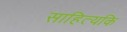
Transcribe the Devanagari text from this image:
साहित्यकि